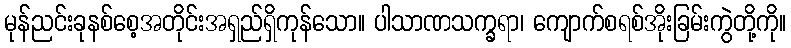
မုန်ညင်းခုနစ်စေ့အတိုင်းအရှည်ရှိကုန်သော။ ပါသာဏသက္ခရာ၊ ကျောက်စရစ်အိုးခြမ်းကွဲတို့ကို။